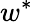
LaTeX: w^{\ast}